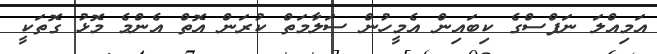
އަމިއްލަ ނަފްސްގެ ކިބައިން އެމީހުން ސަލާމަތް ކުރަން އޮތް އެންމެ މޮޅު ގޮތަކީ